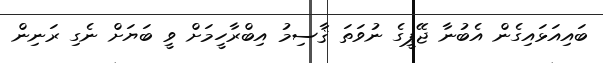
ބައިއަޅައިގެން އެބުނާ ޖޭޕީގެ ނުވަތަ ޤާސިމު އިބްރާހީމަށް ވީ ބަޔަށް ނެގި ރަނިން